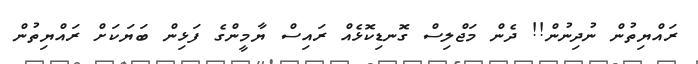
ރައްޔިތުން ނުދިނުން!! ދެން މަޖްލިސް ގޮނޑިކޮޅެއް ރައިސް ޔާމީންގެ ފަޅިން ބަޔަކަށް ރައްޔިތުން